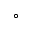
^ \circ